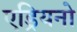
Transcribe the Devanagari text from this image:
एड्रियनो